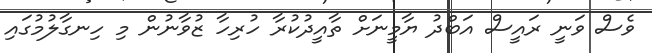
ވެސް ވަނީ ރައީސް އަބްދު ޔާމީނަށް ތާއީދުކުރާ ހުރިހާ ޒުވާނުން މި ހިނގާލުމުގައި